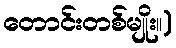
တောင်းတစ်မျိုး။)